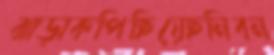
ঝাড়াকপিছিয়েছনিবন